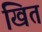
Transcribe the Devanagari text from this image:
खित